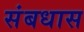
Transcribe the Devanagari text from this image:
संबधास